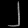
Digit: ၂